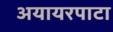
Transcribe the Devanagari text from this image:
अयायरपाटा